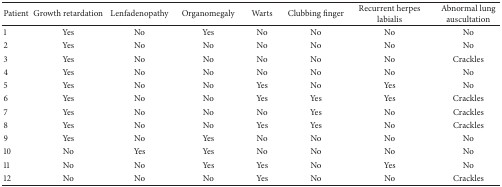
| Patient | Growth retardation | Lenfadenopathy | Organomegaly | Warts | Clubbing finger | Recurrent herpes labialis | Abnormal lung auscultation |
 | --- | --- | --- | --- | --- | --- | --- | --- |
 | 1 | Yes | No | Yes | No | No | No | No |
 | 2 | Yes | No | No | No | No | No | No |
 | 3 | Yes | No | No | No | No | No | Crackles |
 | 4 | Yes | No | No | No | No | No | No |
 | 5 | Yes | No | No | Yes | No | Yes | No |
 | 6 | Yes | No | No | Yes | Yes | Yes | Crackles |
 | 7 | Yes | No | No | No | Yes | No | Crackles |
 | 8 | Yes | No | No | Yes | Yes | No | Crackles |
 | 9 | Yes | No | Yes | No | No | No | No |
 | 10 | No | Yes | Yes | No | No | No | No |
 | 11 | No | No | Yes | Yes | No | Yes | No |
 | 12 | No | No | No | Yes | No | No | Crackles |